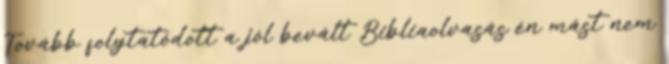
Tovább folytatódott a jól bevált Bibliaolvasás én mást nem